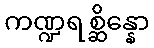
ကဏ္ဍရစ္ဆိန္နော